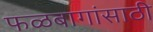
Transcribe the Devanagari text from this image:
फळबागांसाठी